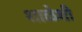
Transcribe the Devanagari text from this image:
शाळेशी